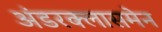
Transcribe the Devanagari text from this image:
अंडरक्लासमेन